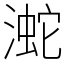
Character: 㵃